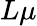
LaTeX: L\mu